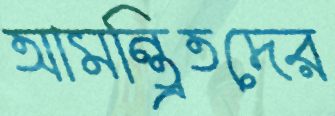
আমন্ত্রিতদের